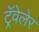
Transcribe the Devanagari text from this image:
ट्रॅवेलेर